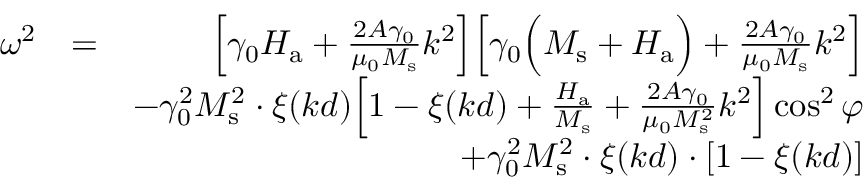
\begin{array} { r l r } { \omega ^ { 2 } } & { = } & { \Big [ \gamma _ { 0 } H _ { \mathrm { a } } + \frac { 2 A \gamma _ { 0 } } { \mu _ { 0 } M _ { \mathrm { s } } } k ^ { 2 } \Big ] \Big [ \gamma _ { 0 } \Big ( M _ { \mathrm { s } } + H _ { \mathrm { a } } \Big ) + \frac { 2 A \gamma _ { 0 } } { \mu _ { 0 } M _ { \mathrm { s } } } k ^ { 2 } \Big ] } \\ & { } & { - \gamma _ { 0 } ^ { 2 } M _ { \mathrm { s } } ^ { 2 } \cdot \xi ( k d ) \Big [ 1 - \xi ( k d ) + \frac { H _ { \mathrm { a } } } { M _ { \mathrm { s } } } + \frac { 2 A \gamma _ { 0 } } { \mu _ { 0 } M _ { \mathrm { s } } ^ { 2 } } k ^ { 2 } \Big ] \cos ^ { 2 } { \varphi } } \\ & { } & { + \gamma _ { 0 } ^ { 2 } M _ { \mathrm { s } } ^ { 2 } \cdot \xi ( k d ) \cdot [ 1 - \xi ( k d ) ] } \end{array}